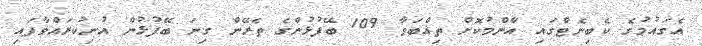
އެގައުމުގެ ކެބިނެޓްގައި އާންމުކޮށް ތިއްބަވާ 109 ބޭފުޅުންގެ ތެރޭން ގިނަ ބޭފުޅުން އުނިކުރައްވާފައި